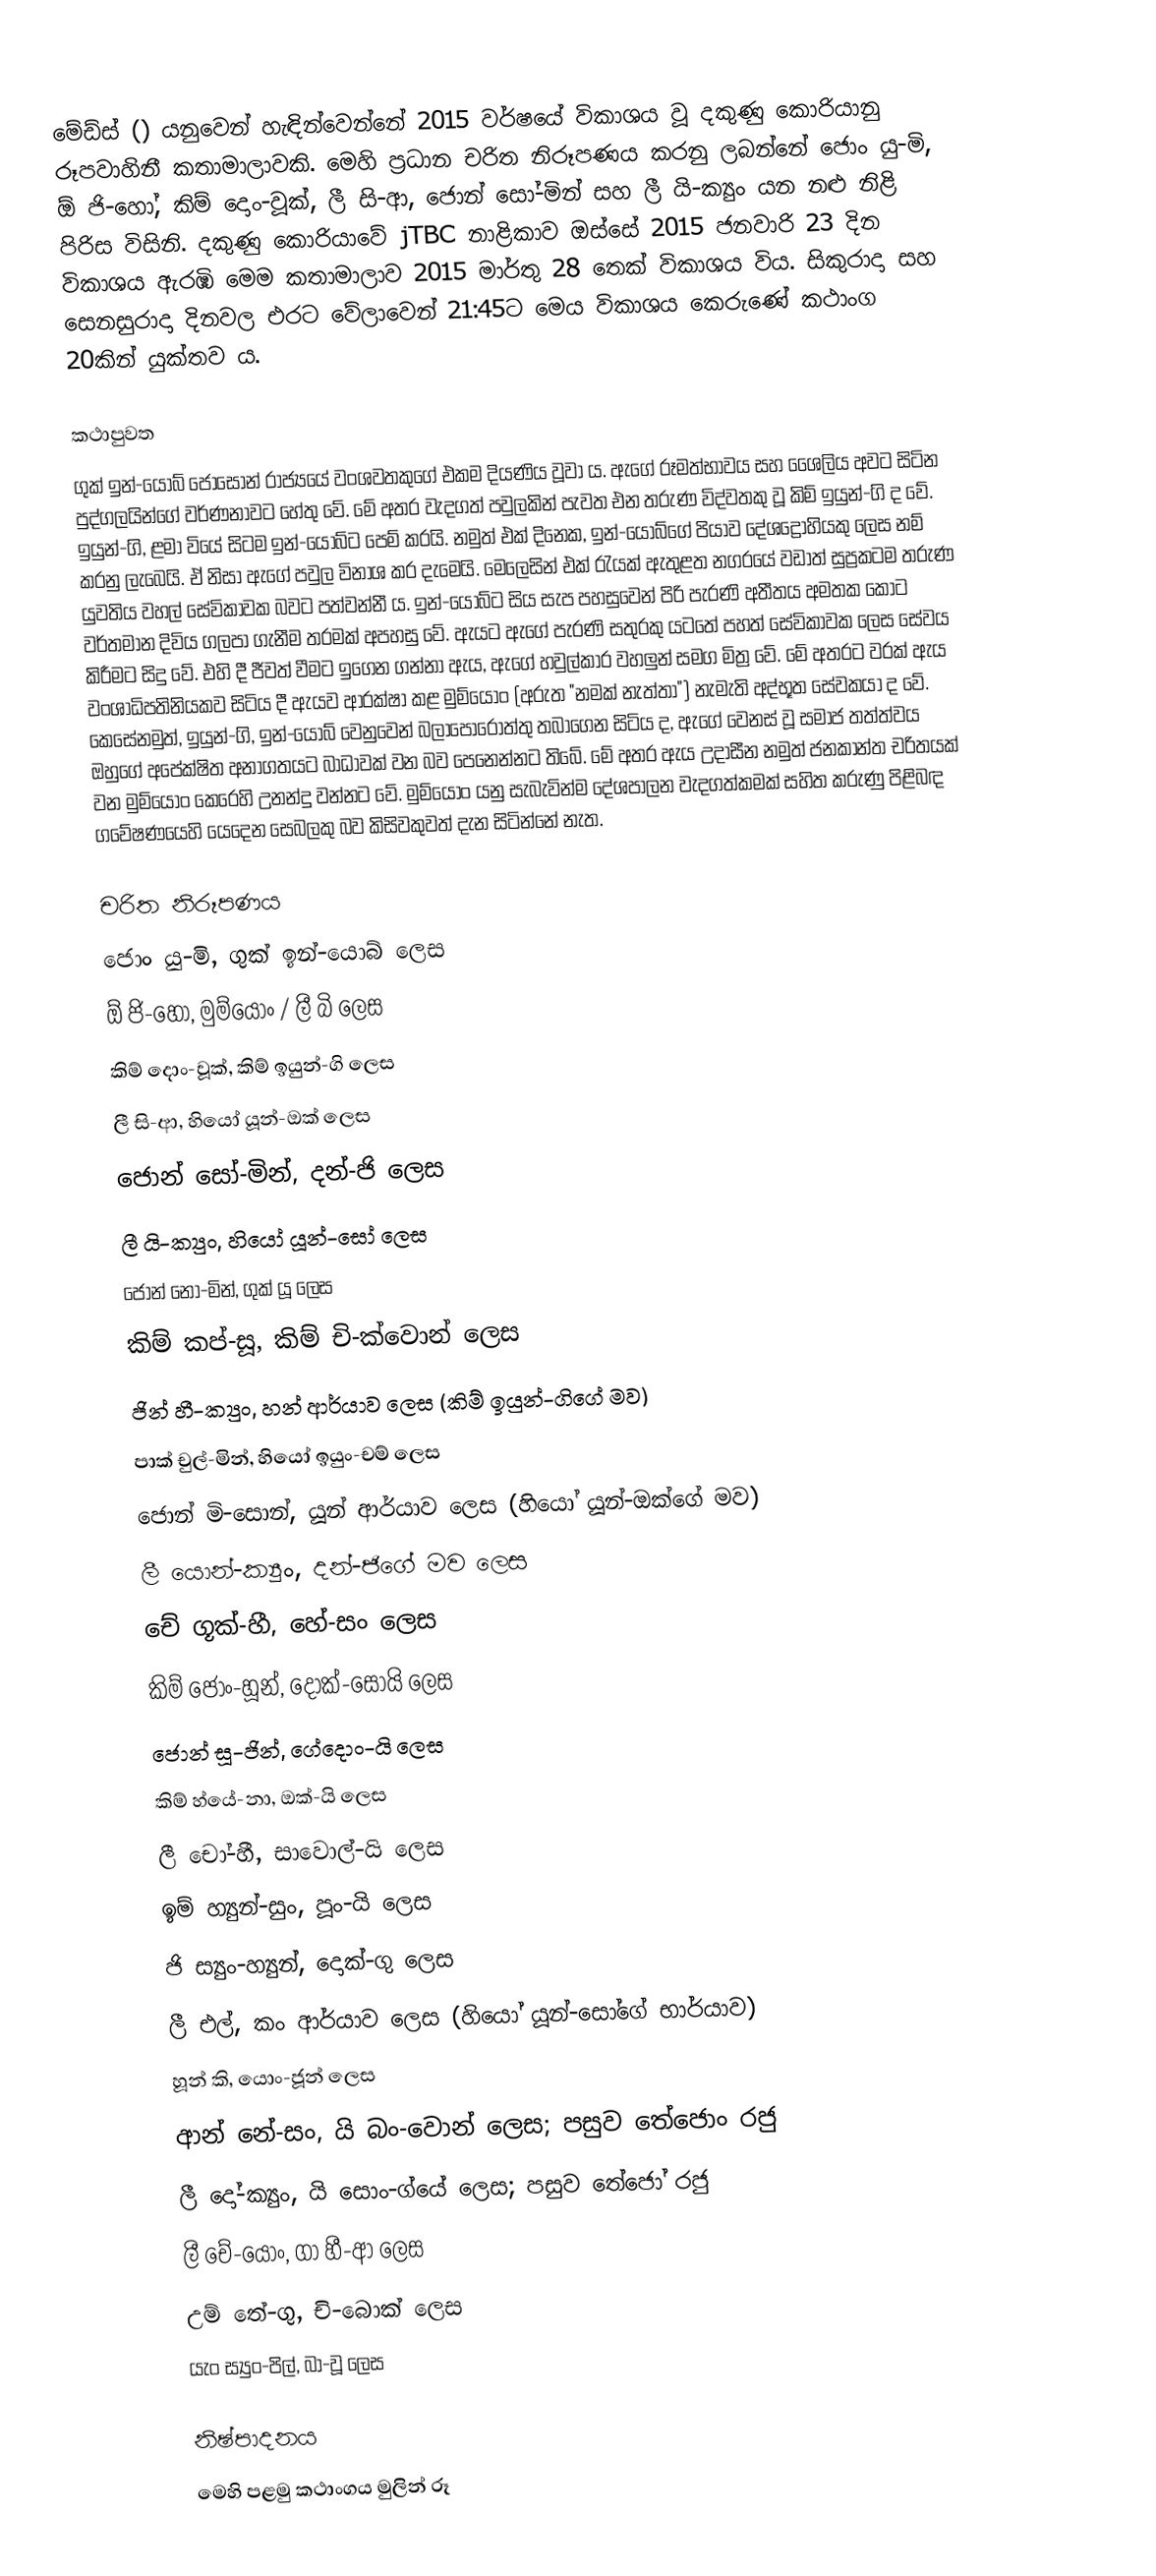
මේඩ්ස් () යනුවෙන් හැඳින්වෙන්නේ 2015 වර්ෂයේ විකාශය වූ දකුණු කොරියානු රූපවාහිනී කතාමාලාවකි. මෙහි ප්‍රධාන චරිත නිරූපණය කරනු ලබන්නේ ජොං යු-මි, ඕ ජි-හෝ, කිම් දොං-වූක්, ලී සි-ආ, ජොන් සෝ-මින් සහ ලී යි-ක්‍යුං යන නළු නිළි පිරිස විසිනි. දකුණු කොරියාවේ jTBC නාළිකාව ඔස්සේ 2015 ජනවාරි 23 දින විකාශය ඇරඹි මෙම කතාමාලාව 2015 මාර්තු 28 තෙක් විකාශය විය. සිකුරාදා සහ සෙනසුරාදා දිනවල එරට වේලාවෙන් 21:45ට මෙය විකාශය කෙරුණේ කථාංග 20කින් යුක්තව ය.

කථාපුවත
ගුක් ඉන්-යොබ් ජොසොන් රාජ්‍යයේ වංශවතකුගේ එකම දියණිය වූවා ය. ඇගේ රූමත්භාවය සහ ශෛලිය අවට සිටින පුද්ගලයින්ගේ වර්ණනාවට හේතු වේ. මේ අතර වැදගත් පවුලකින් පැවත එන තරුණ විද්වතකු වූ කිම් ඉයුන්-ගි ද වේ. ඉයුන්-ගි, ළමා වියේ සිටම ඉන්-යොබ්ට පෙම් කරයි. නමුත් එක් දිනෙක, ඉන්-යොබ්ගේ පියාව දේශද්‍රෝහියකු ලෙස නම් කරනු ලැබෙයි. ඒ නිසා ඇගේ පවුල විනාශ කර දැමෙයි. මෙලෙසින් එක් රැයක් ඇතුළත නගරයේ වඩාත් සුප්‍රකටම තරුණ යුවතිය වහල් සේවිකාවක බවට පත්වන්නී ය. ඉන්-යොබ්ට සිය සැප පහසුවෙන් පිරි පැරණි අතීතය අමතක කොට වර්තමාන දිවිය ගලපා ගැනීම තරමක් අපහසු වේ. ඇයට ඇගේ පැරණි සතුරකු යටතේ පහත් සේවිකාවක ලෙස සේවය කිරීමට සිදු වේ. එහි දී ජීවත් වීමට ඉගෙන ගන්නා ඇය, ඇගේ හවුල්කාර වහලුන් සමග මිත්‍ර වේ. මේ අතරට වරක් ඇය වංශාධිපතිනියකව සිටිය දී ඇයව ආරක්ෂා කළ මුම්යොං (අරුත "නමක් නැත්තා") නැමැති අද්භූත සේවකයා ද වේ. කෙසේනමුත්, ඉයුන්-ගි, ඉන්-යොබ් වෙනුවෙන් බලාපොරොත්තු තබාගෙන සිටිය ද, ඇගේ වෙනස් වූ සමාජ තත්ත්වය ඔහුගේ අපේක්ෂිත අනාගතයට බාධාවක් වන බව පෙනෙන්නට තිබේ. මේ අතර ඇය උදාසීන නමුත් ජනකාන්ත චරිතයක් වන මුම්යොං කෙරෙහි උනන්දු වන්නට වේ. මුම්යොං යනු සැබැවින්ම දේශපාලන වැදගත්කමක් සහිත කරුණු පිළිබඳ ගවේෂණයෙහි යෙදෙන සෙබලකු බව කිසිවකුවත් දැන සිටින්නේ නැත.

චරිත නිරූපණය
ජොං යු-මි, ගුක් ඉන්-යොබ් ලෙස
ඕ ජි-හෝ, මුම්යොං / ලී බි ලෙස
කිම් දොං-වූක්, කිම් ඉයුන්-ගි ලෙස
ලී සි-ආ, හියෝ යූන්-ඔක් ලෙස
ජොන් සෝ-මින්, දන්-ජි ලෙස
ලී යි-ක්‍යුං, හියෝ යූන්-සෝ ලෙස
ජොන් නෝ-මින්, ගුක් යූ ලෙස
කිම් කප්-සූ, කිම් චි-ක්වොන් ලෙස
ජින් හී-ක්‍යුං, හන් ආර්යාව ලෙස (කිම් ඉයුන්-ගිගේ මව)
පාක් චුල්-මින්, හියෝ ඉයුං-චම් ලෙස
ජොන් මි-සොන්, යූන් ආර්යාව ලෙස (හියෝ යූන්-ඔක්ගේ මව)
ලී යොන්-ක්‍යුං, දන්-ජිගේ මව ලෙස
චේ ගූක්-හී, හේ-සං ලෙස
කිම් ජොං-හූන්, දොක්-සෝයි ලෙස
ජොන් සූ-ජින්, ගේදොං-යි ලෙස
කිම් හ්යේ-නා, ඔක්-යි ලෙස
ලී චෝ-හී, සාවොල්-යි ලෙස
ඉම් හ්‍යුන්-සුං, පූං-යි ලෙස
ජි ස්‍යුං-හ්‍යුන්, දොක්-ගු ලෙස
ලී එල්, කං ආර්යාව ලෙස (හියෝ යූන්-සෝ‍ගේ භාර්යාව)
හූන් කි, යොං-ජූන් ලෙස
ආන් නේ-සං, යි බං-වොන් ලෙස; පසුව තේජොං රජු
ලී දෝ-ක්‍යුං, යි සොං-ග්යේ ලෙස; පසුව තේජෝ රජු
ලී චේ-යොං, ගා හී-ආ ලෙස
උම් තේ-ගු, චි-බොක් ලෙස
යැං ස්‍යුං-පිල්, බා-වූ ලෙස

නිෂ්පාදනය
මෙහි පළමු කථාංගය මුලින් රූ